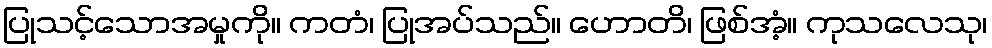
ပြုသင့်သောအမှုကို။ ကတံ၊ ပြုအပ်သည်။ ဟောတိ၊ ဖြစ်အံ့။ ကုသလေသု၊